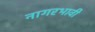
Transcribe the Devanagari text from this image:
नागरभावी